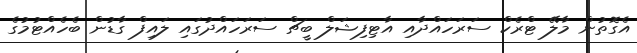
އެގޮތުން މާލޭ ޓްރެކް ސަރަހައްދާއި އާޓިފިޝަލް ބީޗް ސަރަހައްދުގައި ލައިފް ގާޑުން ބެހެއްޓުމުގެ